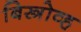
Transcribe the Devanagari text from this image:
बिस्त्रोव्ह